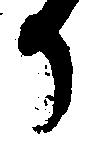
か